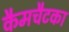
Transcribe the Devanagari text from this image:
कैमचैटका